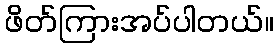
ဖိတ်ကြားအပ်ပါတယ်။